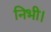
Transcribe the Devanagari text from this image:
निभी।